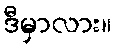
ဒီမှာလား။